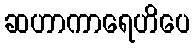
ဆဟာကာရေဟိပေ